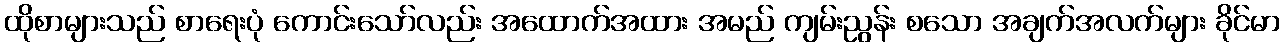
ထိုစာများသည် စာရေးပုံ ကောင်းသော်လည်း အထောက်အထား အမည် ကျမ်းညွန်း စသော အချက်အလက်များ ခိုင်မာ